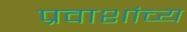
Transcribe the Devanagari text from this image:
प्रवाशांच्य